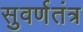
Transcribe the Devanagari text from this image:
सुवर्णतंत्र